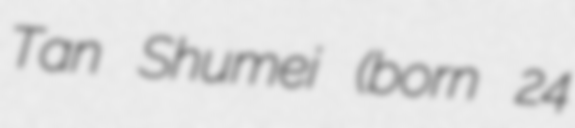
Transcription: Tan Shumei (born 24